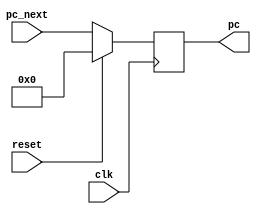
module pc(
input clk,
input reset,
output reg[31:0] pc,
input wire[31:0] pc_next
);

always @ (posedge clk) begin
    if (reset) begin
        pc <= 32'h00000000;
    end
    else begin
        pc <= pc_next;
    end
end

endmodule